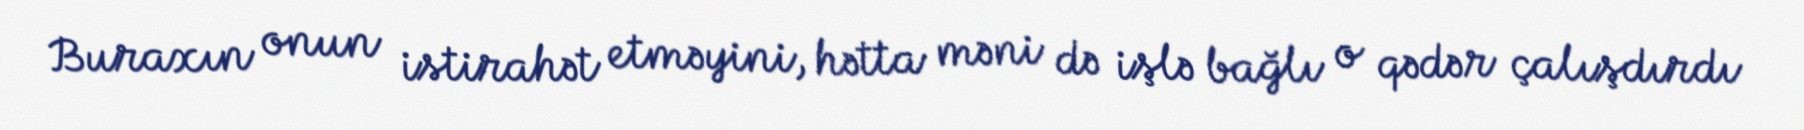
Buraxın onun istirahət etməyini, hətta məni də işlə bağlı o qədər çalışdırdı